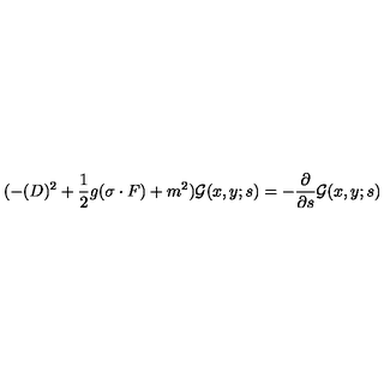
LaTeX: ( - ( D ) ^ { 2 } + \frac { 1 } { 2 } g ( \sigma \cdot F ) + m ^ { 2 } ) { \cal G } ( x , y ; s ) = - \frac { \partial } { \partial s } { \cal G } ( x , y ; s )